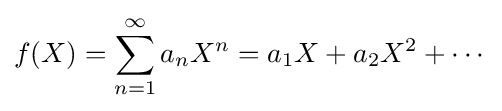
f(X)=\sum _{n=1}^{\infty }a_{n}X^{n}=a_{1}X+a_{2}X^{2}+\cdots